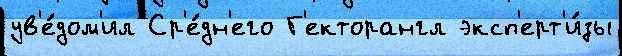
ув'е́дом'ил Ср'е́дн'его Г'екторангл эксп'ерт'и́зы